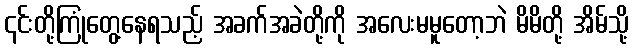
၎င်းတို့ကြုံတွေ့နေရသည့် အခက်အခဲတို့ကို အလေးမမူတော့ဘဲ မိမိတို့ အိမ်သို့